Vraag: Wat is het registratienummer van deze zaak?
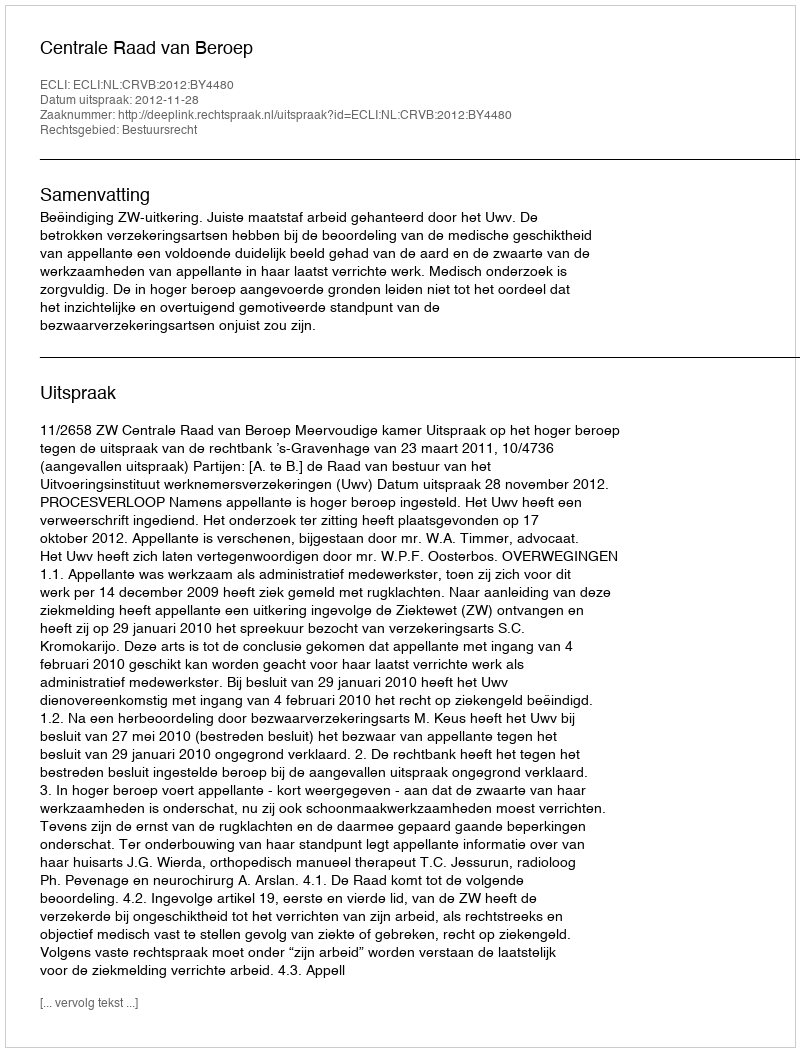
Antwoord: http://deeplink.rechtspraak.nl/uitspraak?id=ECLI:NL:CRVB:2012:BY4480